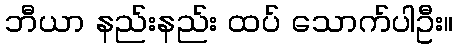
ဘီယာ နည်းနည်း ထပ် သောက်ပါဦး။